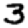
Digit: 3